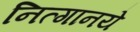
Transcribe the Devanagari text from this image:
नित्‍गानये